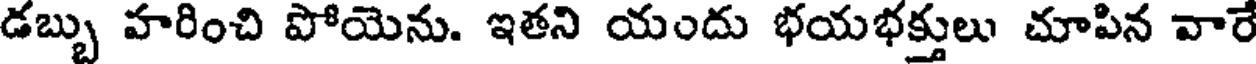
డబ్బు హరించి పోయెను. ఇతని యందు భయభక్తులు చూపిన వారే